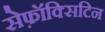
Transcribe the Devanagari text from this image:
सेफ़ॉक्सिटिन